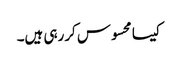
کیسا محسوس کررہی ہیں۔